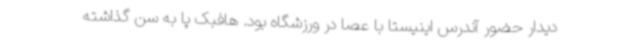
دیدار حضور آندرس اینیستا با عصا در ورزشگاه بود. هافبک پا به سن گذاشته